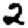
Digit: 2